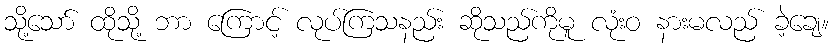
သို့သော် ထိုသို့ ဘာ ကြောင့် လုပ်ကြသနည်း ဆိုသည်ကိုမူ လုံးဝ နားမလည် ခဲ့ချေ။